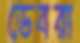
ডেবরা